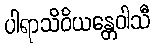
ပါရာသိဝိယန္တေဝါသီ